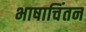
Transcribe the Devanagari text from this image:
भाषाचिंतन